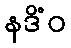
နဒိံဝ